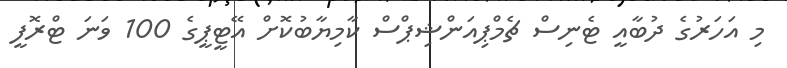
މި އަހަރުގެ ދުބާއީ ޓެނިސް ޗެމްޕިއަންޝިޕްސް ކާމިޔާބުކޮށް އޭޓީޕީގެ 100 ވަނަ ޓްރޮފީ